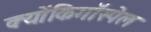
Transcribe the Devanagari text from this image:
क्योंकिगॉस्पेल